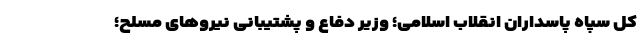
کل سپاه پاسداران انقلاب اسلامی؛ وزیر دفاع و پشتیبانی نیروهای مسلح؛